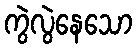
ကွဲလွဲနေသော